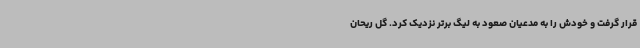
قرار گرفت و خودش را به مدعیان صعود به لیگ برتر نزدیک کرد. گل ریحان